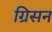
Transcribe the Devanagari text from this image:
ग्रिसन